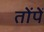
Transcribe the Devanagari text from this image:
तोंपें